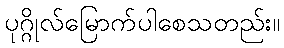
ပုဂ္ဂိုလ်မြောက်ပါစေသတည်း။